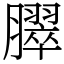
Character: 臎